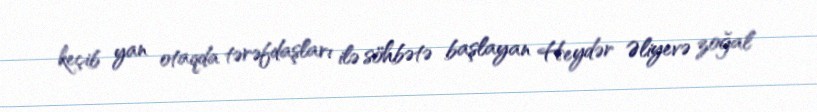
keçib yan otaqda tərəfdaşları ilə söhbətə başlayan Heydər Əliyevə zoğal